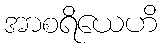
အာစရိယေဟိ